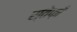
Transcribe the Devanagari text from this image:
स्तेफ़ाँ